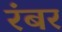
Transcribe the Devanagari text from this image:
रंबर